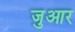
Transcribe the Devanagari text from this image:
जुआर